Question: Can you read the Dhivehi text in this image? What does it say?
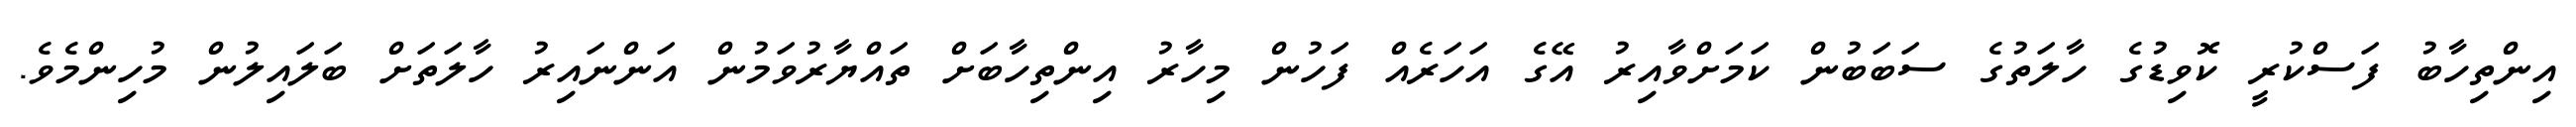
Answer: އިންތިހާބު ފަސްކުރީ ކޮވިޑުގެ ހާލަތުގެ ސަބަބުން ކަމަށްވާއިރު އޭގެ އަހަރެއް ފަހުން މިހާރު އިންތިހާބަށް ތައްޔާރުވަމުން އަންނައިރު ހާލަތަށް ބަލައިލުން މުހިންމެވެ.